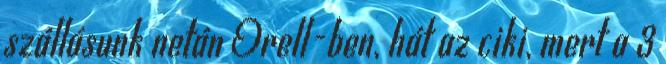
szállásunk netán Orell-ben, hát az ciki, mert a 3